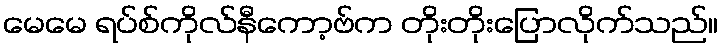
မေမေ ရပ်စ်ကိုလ်နီကော့ဗ်က တိုးတိုးပြောလိုက်သည်။